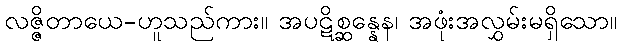
လဇ္ဇိတာယေ-ဟူသည်ကား။ အပဋိစ္ဆန္နေန၊ အဖုံးအလွှမ်းမရှိသော။